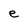
Character: e